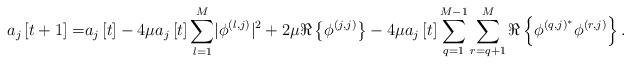
LaTeX: \begin{align*} a_j\left[t+1\right]=&a_j\left[t\right]-4\mu a_j\left[t\right]\sum_{l=1}^{M}\lvert\phi^{\left(l,j\right)}\rvert^2+2\mu\Re\left\{\phi^{\left(j,j\right)}\right\}-4\mu a_j\left[t\right]\sum_{q=1}^{M-1}\sum_{r=q+1}^{M}\Re\left\{\phi^{\left(q,j\right)^*}\phi^{\left(r,j\right)}\right\}.\end{align*}